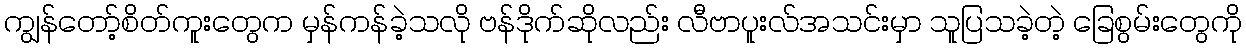
ကျွန်တော့်စိတ်ကူးတွေက မှန်ကန်ခဲ့သလို ဗန်ဒိုက်ဆိုလည်း လီဗာပူးလ်အသင်းမှာ သူပြသခဲ့တဲ့ ခြေစွမ်းတွေကို